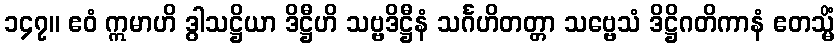
၁၄၇။ ဧဝံ ဣမာဟိ ဒွါသဋ္ဌိယာ ဒိဋ္ဌီဟိ သဗ္ဗဒိဋ္ဌီနံ သင်္ဂဟိတတ္တာ သဗ္ဗေသံ ဒိဋ္ဌိဂတိကာနံ ဧတသ္မိံ